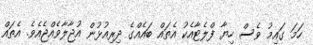
ހަމަ ގައިމު ވެސް ހިޔާ ފްލެޓާއެކު އެތައް ބައެއްގެ ދިރިއުޅުން އުޖާލާވެއްޖެއެެވެ. އެތައް